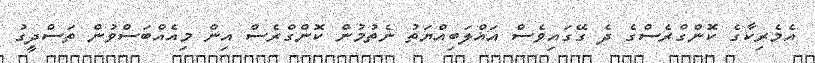
އެމެރިކާގެ ކޮންގްރެސްގެ ދެ ގޭގައިވެސް އަޣްލަބިއްޔަތު ނެތުމުން ކޮންގްރެސް އިން މިއެއްބަސްވުން ތަސްދީގު